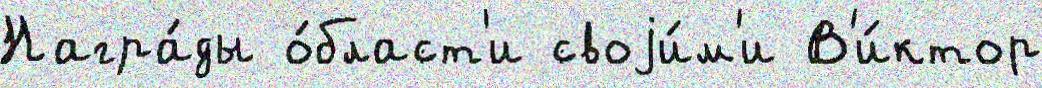
Награ́ды о́бласт'и своjи́м'и В'и́ктор